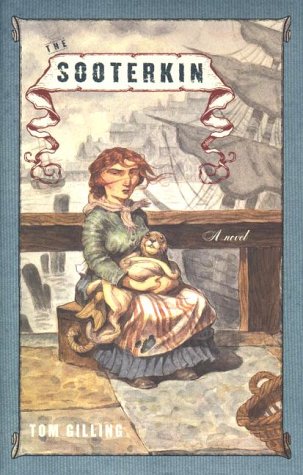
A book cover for The Sooterkin; Tom Gilling; Literature & Fiction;